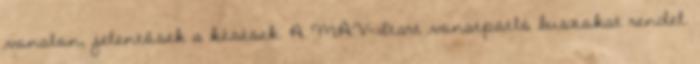
vonalon, jelentősek a késések. A MÁV-Start vonatpótló buszokat rendel.